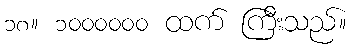
၁၈။ ၁၀၀၀၀၀၀ ထက် ကြီးသည်။